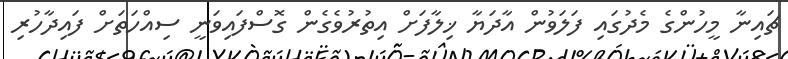
ޗައިނާ މީހުންގެ މެދުގައި ފަލަވުން އާދަޔާ ޚިލާފަށް އިތުރުވެގެން ގޮސްފައިވަނީ ސިއްހަތަށް ފައިދާހުރި